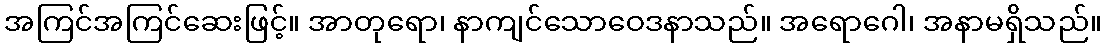
အကြင်အကြင်ဆေးဖြင့်။ အာတုရော၊ နာကျင်သောဝေဒနာသည်။ အရောဂေါ၊ အနာမရှိသည်။